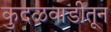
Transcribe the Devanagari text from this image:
कुदळवाडीतून